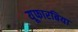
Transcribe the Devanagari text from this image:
यूफारबिया